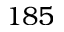
1 8 5